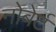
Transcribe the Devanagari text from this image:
नोबेर्ट